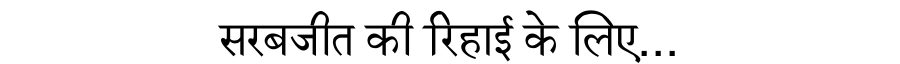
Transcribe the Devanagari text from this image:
सरबजीत की रिहाई के लिए...